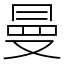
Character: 曼